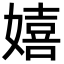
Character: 嬉